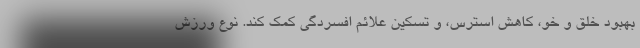
بهبود خلق و خو، کاهش استرس، و تسکین علائم افسردگی کمک کند. نوع ورزش